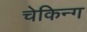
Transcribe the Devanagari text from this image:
चेकिन्ग